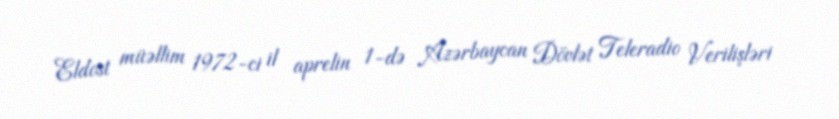
Eldost müəllim 1972-ci il aprelin 1-də Azərbaycan Dövlət Teleradio Verilişləri